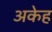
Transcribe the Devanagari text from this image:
अकेह